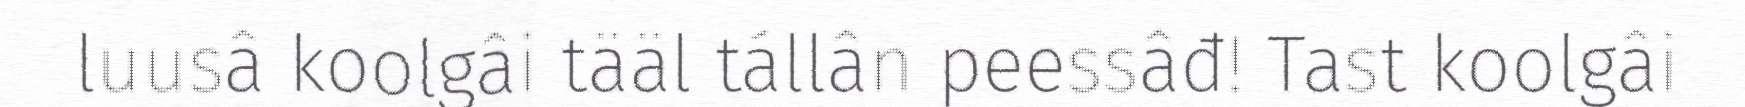
luusâ koolgâi tääl tállân peessâđ! Tast koolgâi